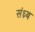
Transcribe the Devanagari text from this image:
संध्र्ब